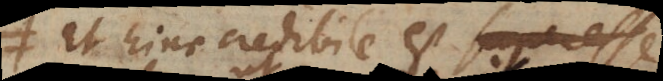
Et hinc credibile est retentum